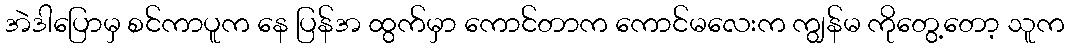
အဲဒါပြောမှ စင်ကာပူက နေ ပြန်အ ထွက်မှာ ကောင်တာက ကောင်မလေးက ကျွန်မ ကိုတွေ့တော့ သူက